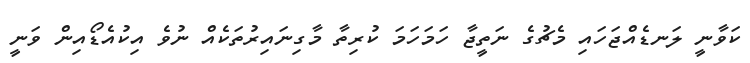
ކަވާނީ ލަނޑެއްޖަހައި މެޗުގެ ނަތީޖާ ހަމަހަމަ ކުރިތާ މާގިނައިރުތަކެއް ނުވެ އިކުއެޑޯއިން ވަނީ